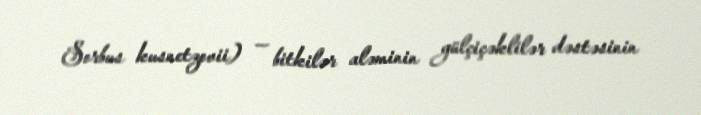
Sorbus kusnetzovii) — bitkilər aləminin gülçiçəklilər dəstəsinin